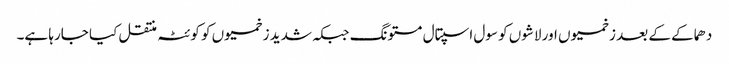
دھماکے کے بعد زخمیوں اور لاشوں کو سول اسپتال مستونگ جبکہ شدید زخمیوں کو کوئٹہ منتقل کیا جارہا ہے۔